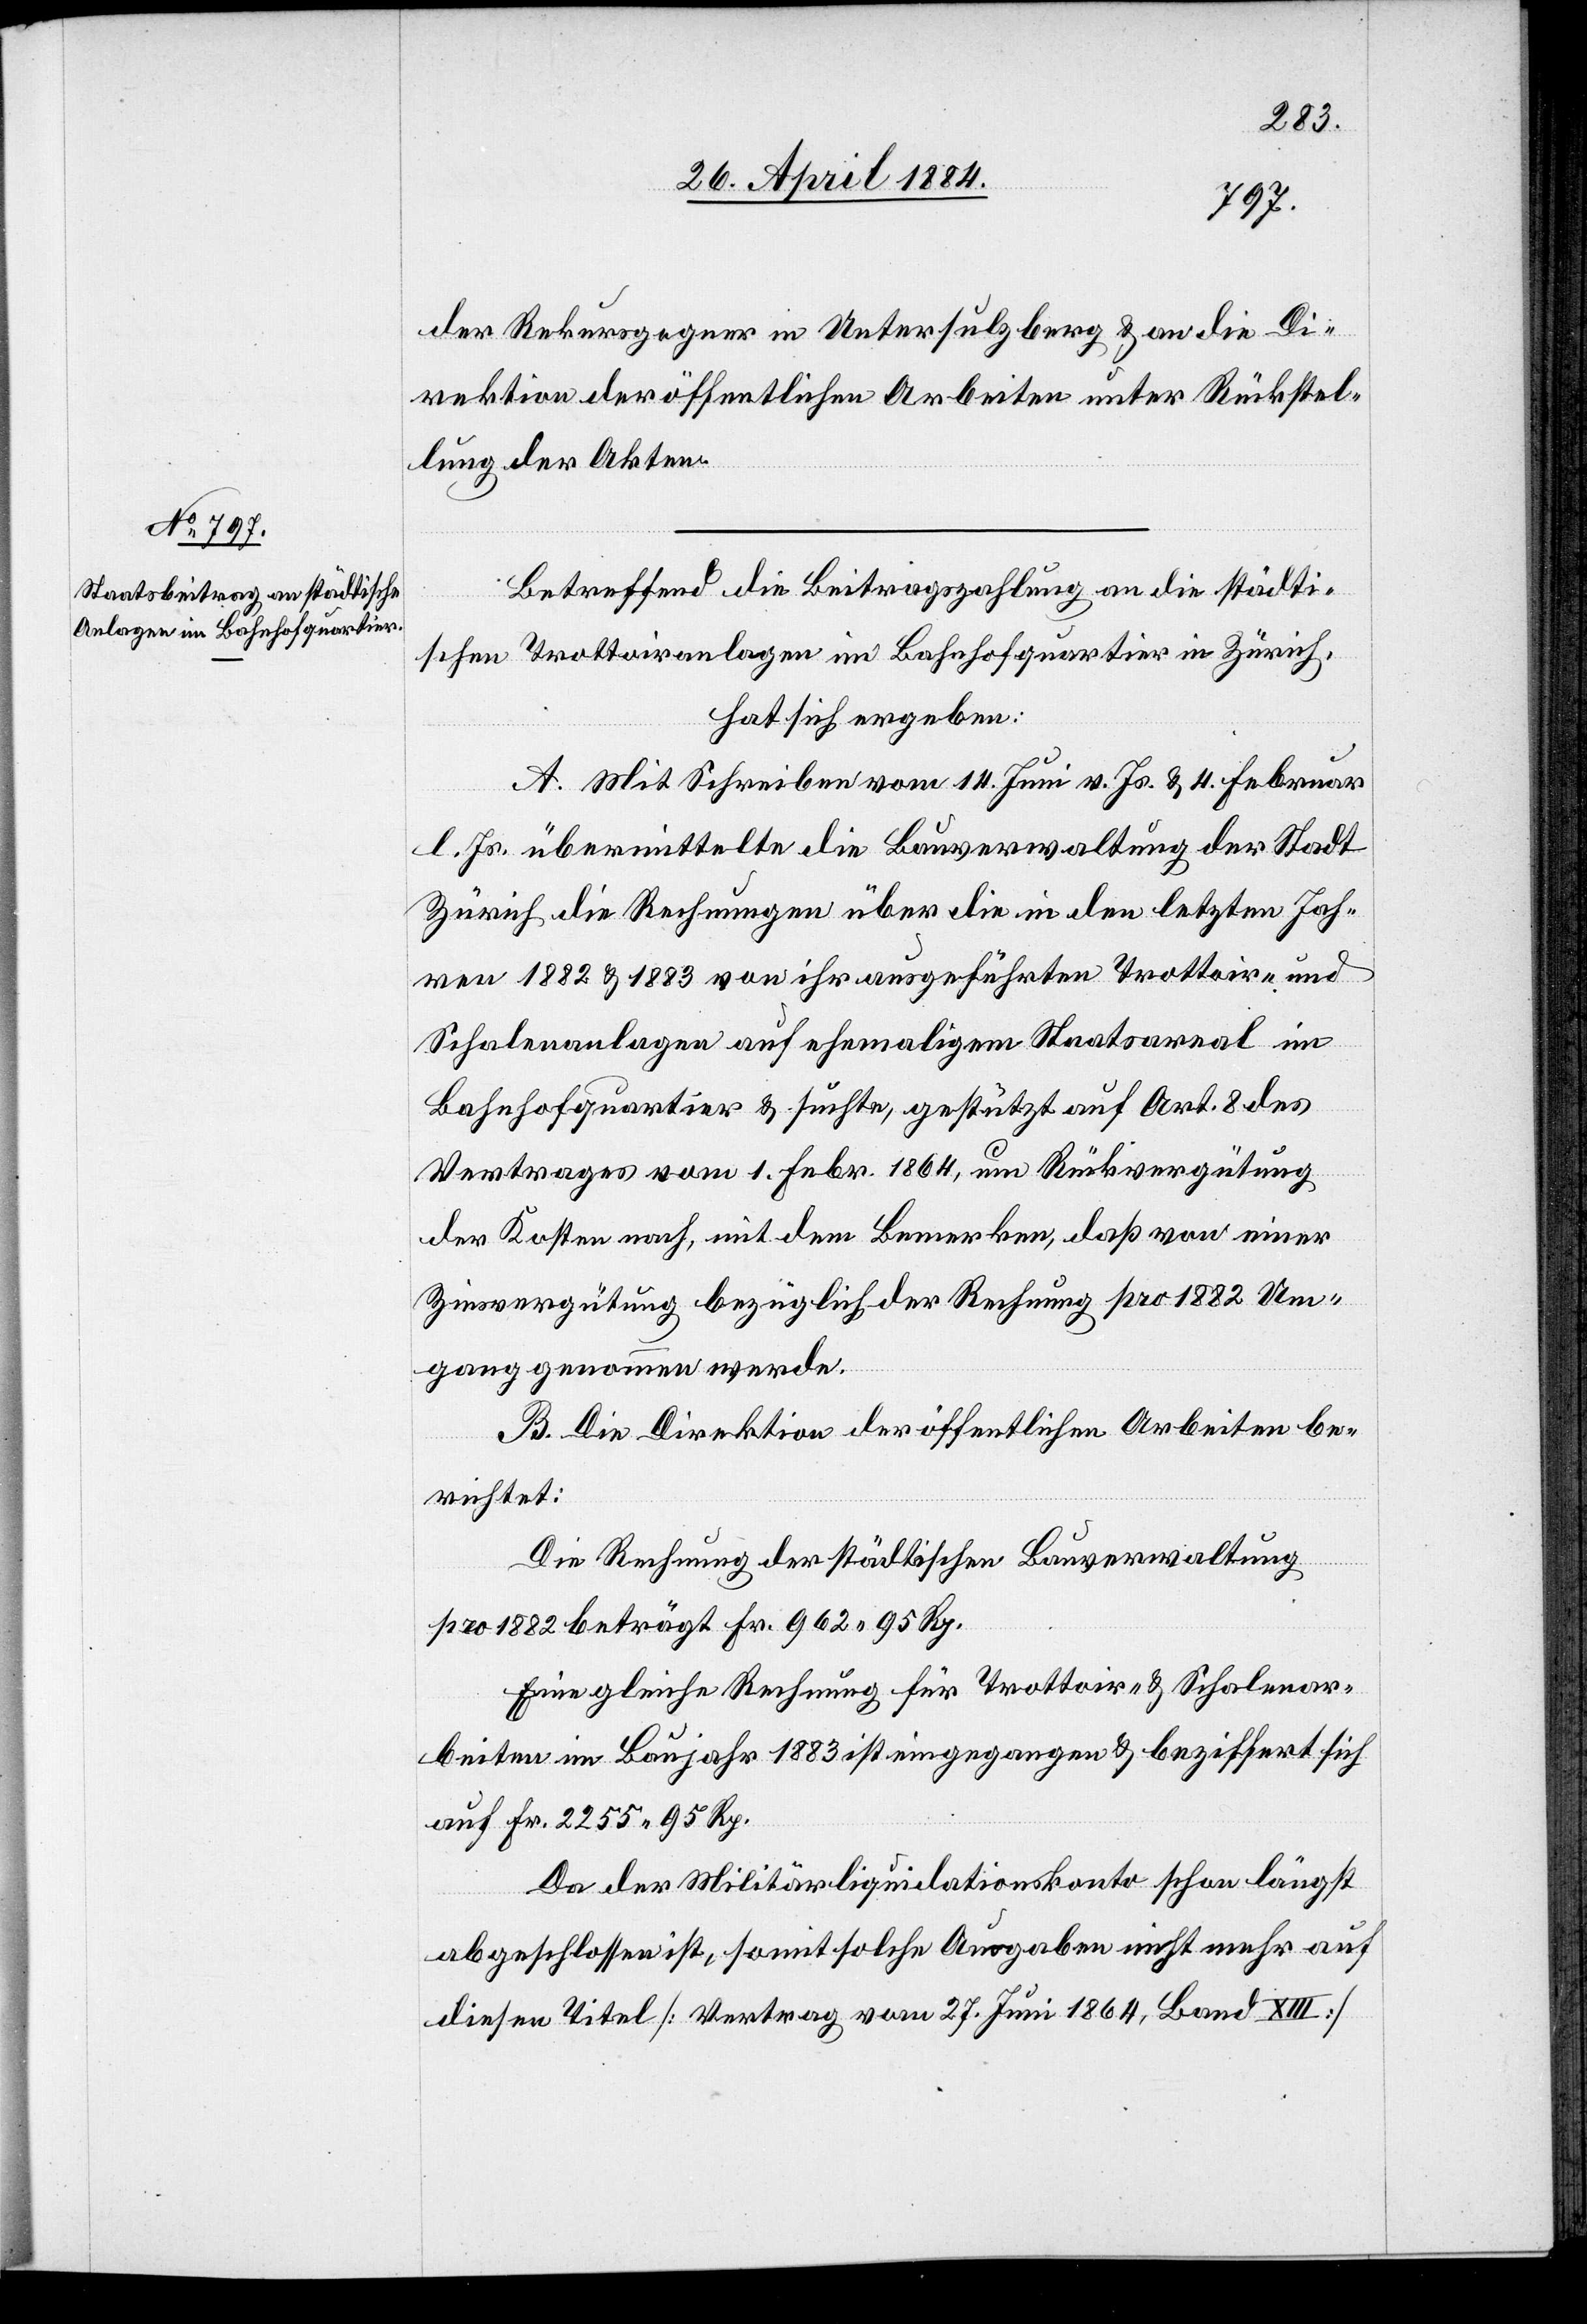
der Rekursgegner in Untersulzberg & an die Di¬
rektion der öffentlichen Arbeiten unter Rückstel¬
lung der Akten.
Betreffend die Beitragszahlung an die städti¬
schen Trottoiranlagen im Bahnhofquartier in Zürich,
hat sich ergeben:
A. Mit Schreiben vom 14. Juni v. Js. & 4. Februar
l. Js. übermittelte die Bauverwaltung der Stadt
Zürich die Rechnungen über die in den letzten Jah¬
ren 1882 & 1883 von ihr ausgeführten Trottoir- und
Schalenanlagen auf ehemaligem Staatsareal im
Bahnhofquartier & suchte, gestützt auf Art. 8 des
Vertrages vom 1. Febr. 1864, um Rückvergütung
der Kosten nach, mit dem bemerken, daß von einer
Zinsvergütung bezüglich der Rechnung pro 1882 Um¬
gang genommen werde.
B. Die Direktion der öffentlichen Arbeiten be¬
richtet:
Die Rechnung der städtischen Bauverwaltung
pro 1882 beträgt Fr. 962 95 Rp.
Eine gleiche Rechnung für Trottoir- & Schalenar¬
beiten im Baujahr 1883 ist eingegangen & beziffert sich
auf Fr. 2255 95 Rp.
abgeschlossen ist, somit solche Ausgaben nicht mehr auf
diesen Titel [Vertrag vom 27. Juni 1864, Band XIII]